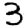
Digit: 3